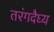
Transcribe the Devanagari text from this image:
तरंगदैघ्य